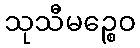
သုသီမဉ္စေဝ